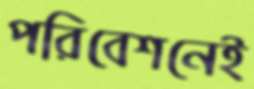
পরিবেশনেই